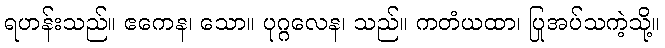
ရဟန်းသည်။ ဧကေန၊ သော။ ပုဂ္ဂလေန၊ သည်။ ကတံယထာ၊ ပြုအပ်သကဲ့သို့။